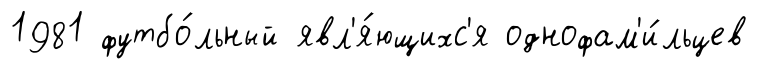
1981 футбо́льный явл'я́ющихс'я однофам'и́льцев